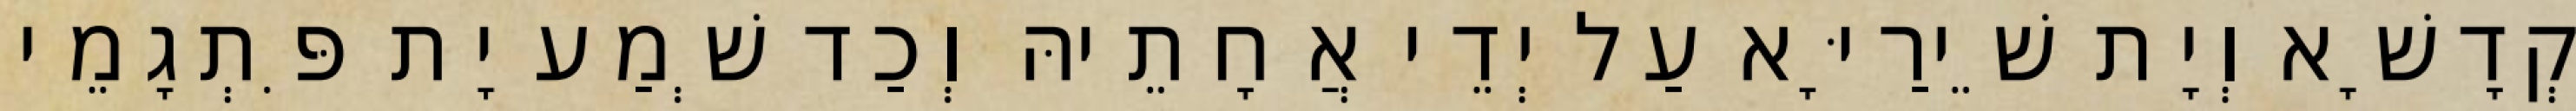
קְדָשָׁא וְיָת שֵׁירַיָּא עַל יְדֵי אֲחָתֵיהּ וְכַד שְׁמַע יָת פִּתְגָמֵי